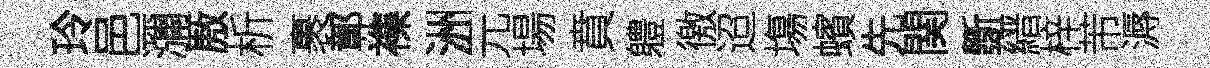
玲邑瀰厫析裹鄣襍洲元場賁軆徼迢塲蠙先関斵縉梓芾溽